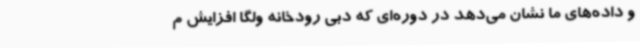
و داده‌های ما نشان می‌دهد در دوره‌ای که دبی رودخانه ولگا افزایش م